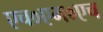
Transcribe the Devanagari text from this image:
एच०एम०एच